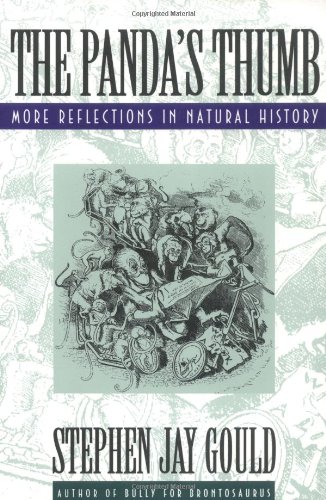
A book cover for The Panda's Thumb: More Reflections in Natural History; Stephen Jay Gould; Science & Math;